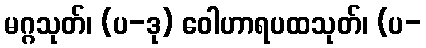
မဂ္ဂသုတ်၊ (ပ-ဒု) ဝေါဟာရပထသုတ်၊ (ပ-